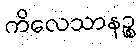
ကိလေသာနဉ္စ